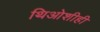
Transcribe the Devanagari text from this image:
थिओशीही